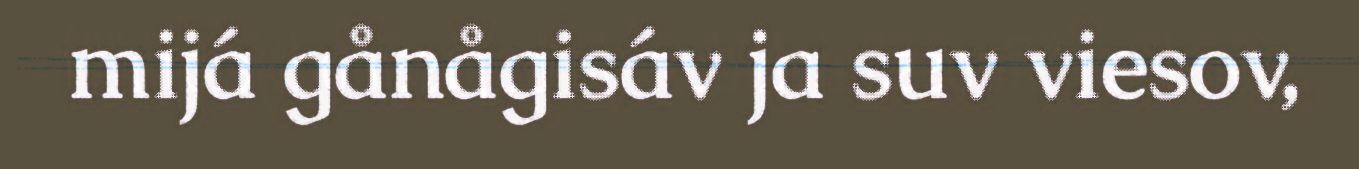
mijá gånågisáv ja suv viesov,